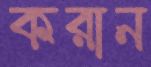
করান